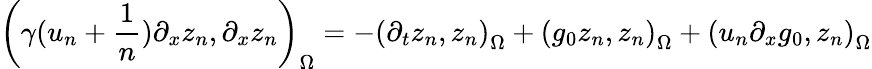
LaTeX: \left(\gamma(u_{n}+\frac{1}{n})\partial_{x}z_{n},\partial_{x}z_{n}\right)_{\Omega}=-\left(\partial_{t}z_{n},z_{n}\right)_{\Omega}+\left(g_{0}z_{n},z_{n}\right)_{\Omega}+\left(u_{n}\partial_{x}g_{0},z_{n}\right)_{\Omega}